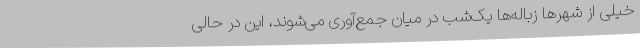
خیلی از شهرها زباله‌ها یک‌شب در میان جمع‌آوری می‌شوند، این در حالی